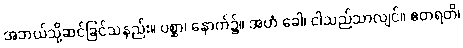
အဘယ်သို့ဆင်ခြင်သနည်း။ ပစ္ဆာ၊ နောက်၌။ အဟံ ခေါ၊ ငါသည်သာလျင်။ ဧတရတိ၊